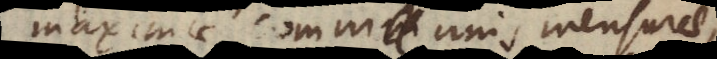
maximae communis mensurae,